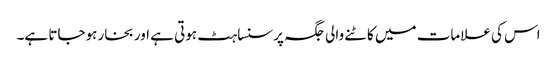
اس کی علامات میں کاٹنے والی جگہ پر سنساہٹ ہوتی ہے اور بخار ہوجاتا ہے۔